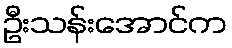
ဦးသန်းအောင်က